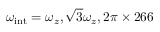
\omega _ { \mathrm { i n t } } = \omega _ { z } , \sqrt { 3 } \omega _ { z } , 2 \pi \times 2 6 6